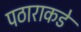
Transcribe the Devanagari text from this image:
पठाराकडे